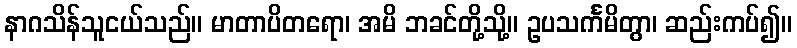
နာဂသိန်သူငယ်သည်။ မာတာပိတရော၊ အမိ ဘခင်တို့သို့။ ဥပသင်္ကမိတွာ၊ ဆည်းကပ်၍။